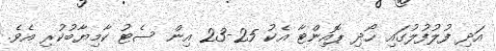
އަދި ފުލުފުލުގައި ހޯދި ޕޮއިންޓާ އެކު 25-23 އިން ސެޓު ކާމިޔާބުކުރި އެވެ.